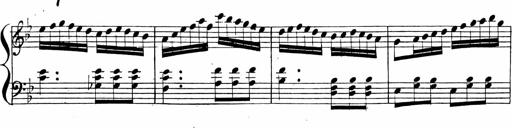
Title: 2 Piano Sonatinas
Composer: Ferdinand Ries